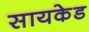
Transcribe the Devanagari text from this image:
सायकेड